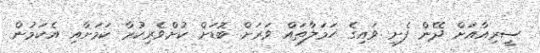
ސީރިއާއަށް ދޭން ފެށި ވައިގެ ހަމަލާތައް ވަރަށް ބޮޑަށް ކުށްވެރިކުރާ ކަމަށާއި އެކަމުން